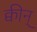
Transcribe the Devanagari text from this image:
क्वीन्